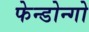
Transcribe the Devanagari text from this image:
फेन्डोन्गो